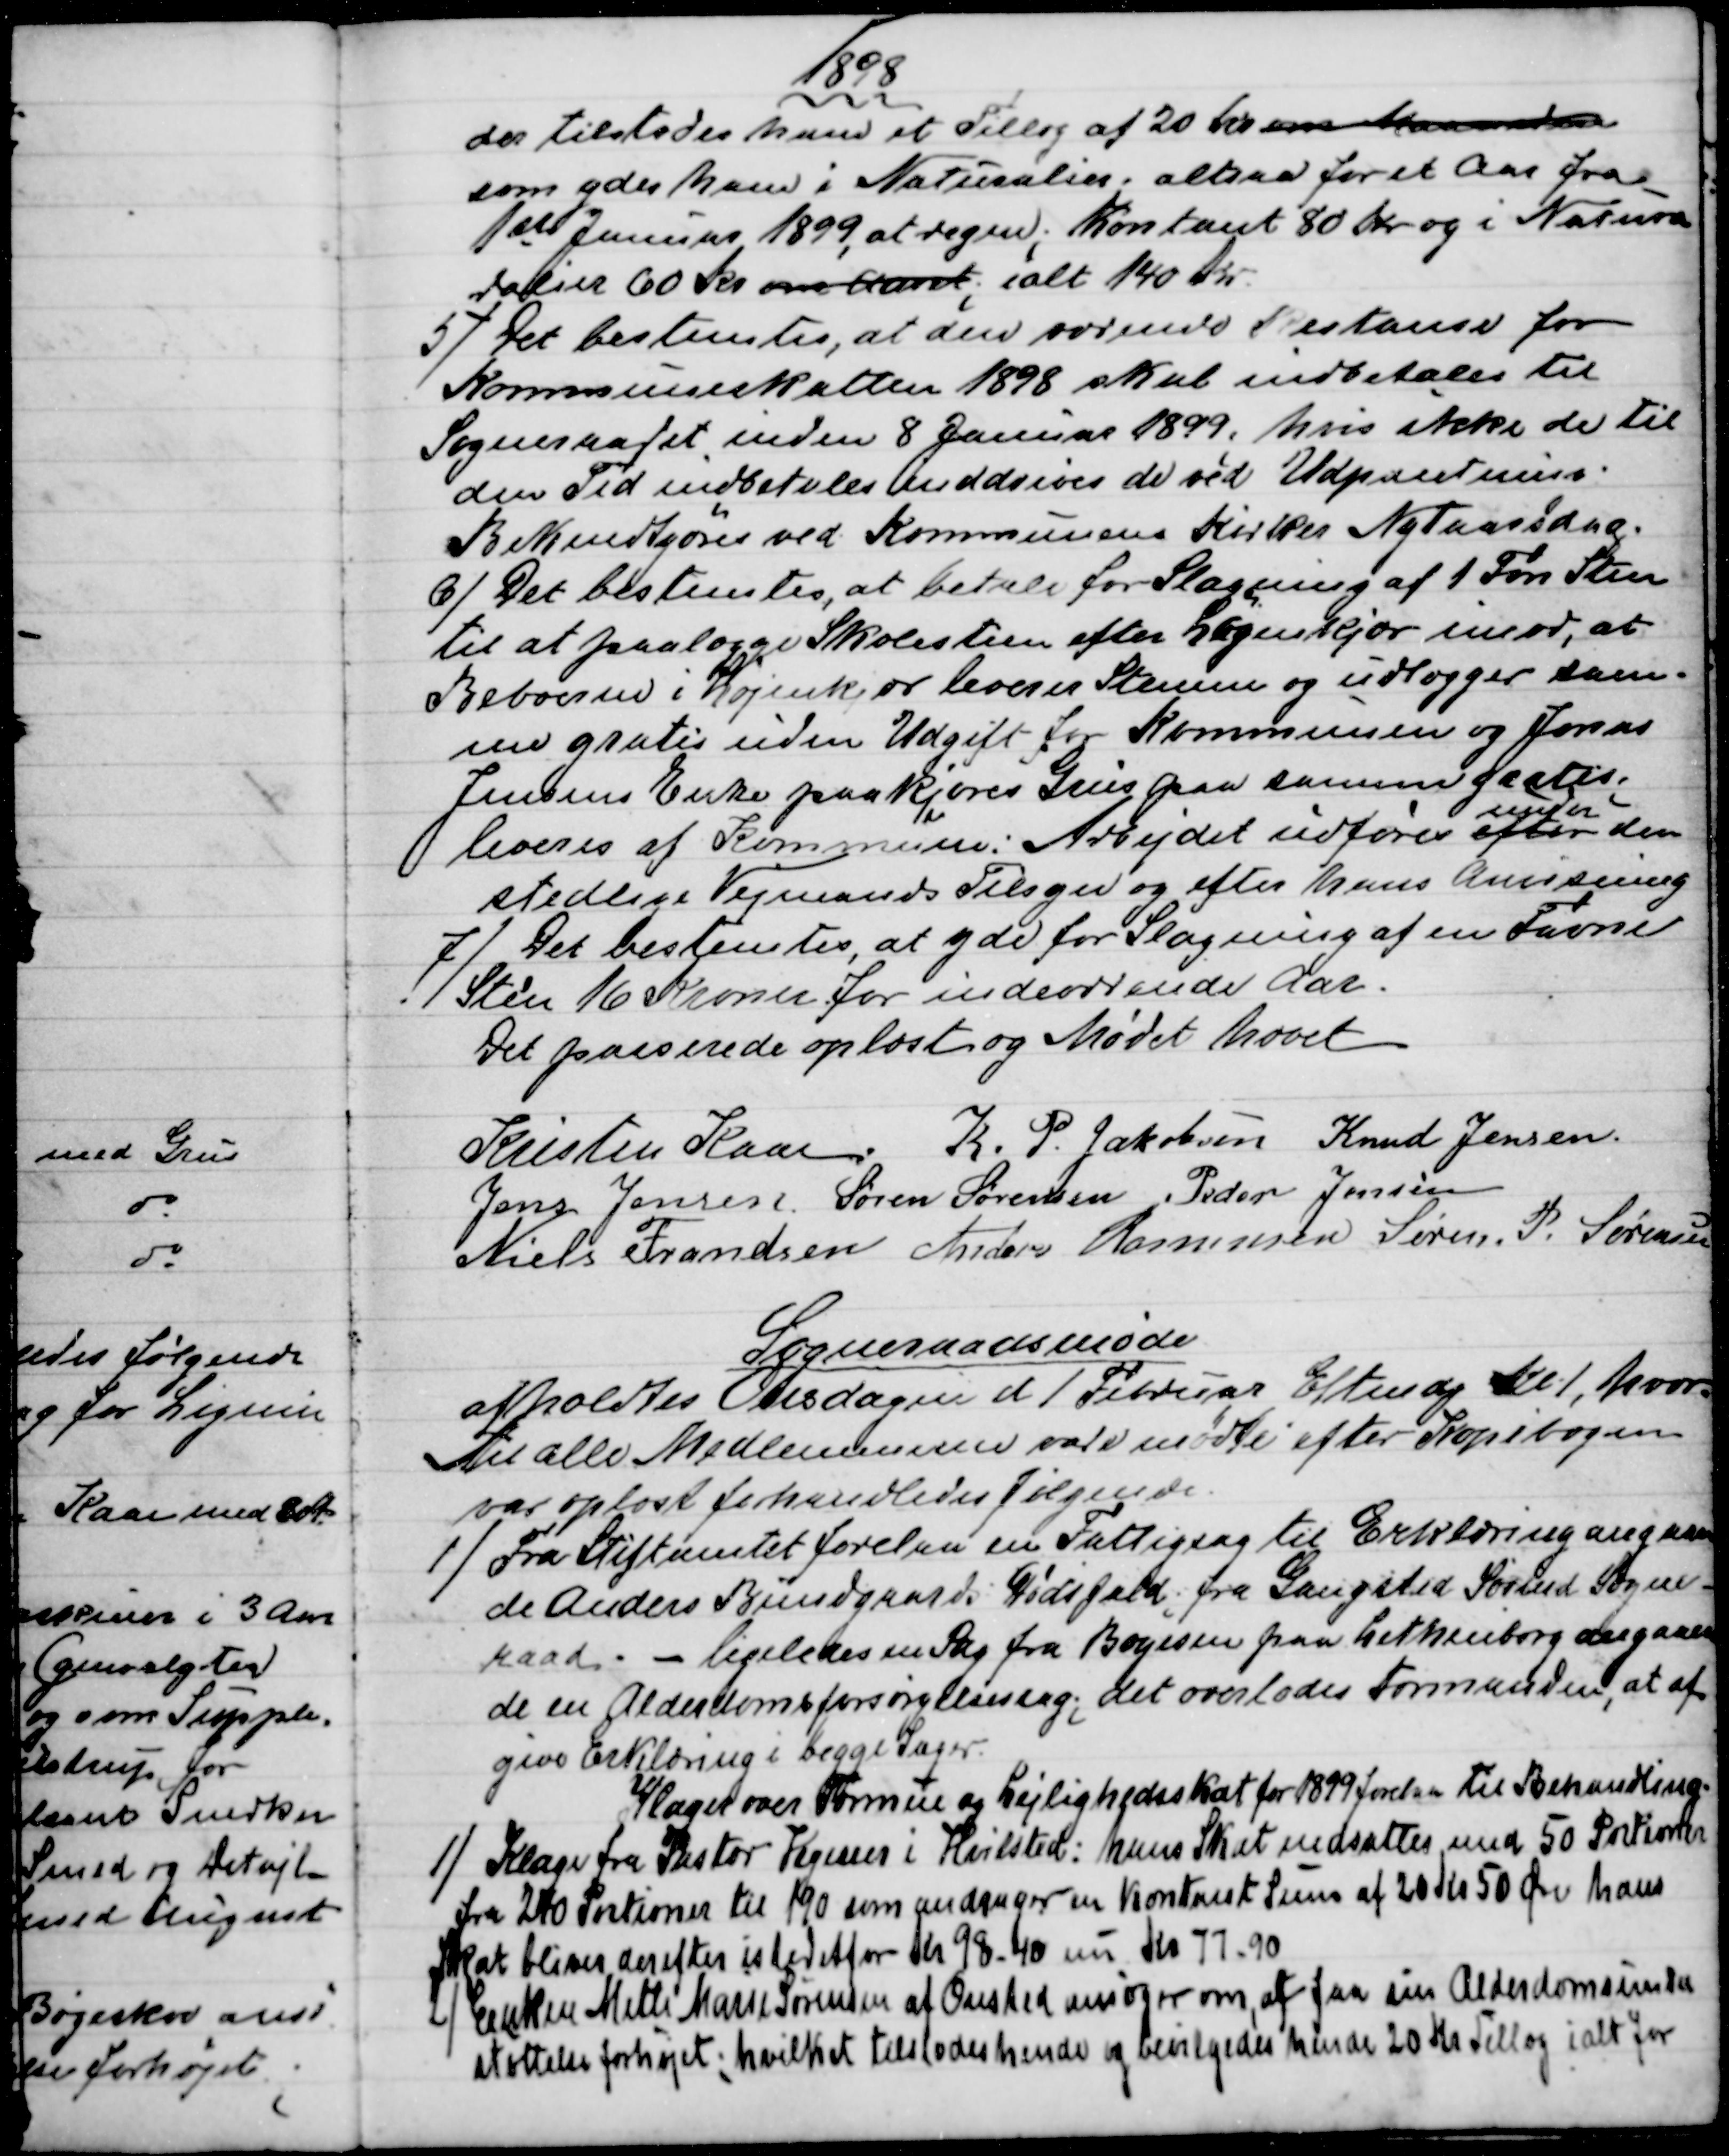
Transskription:
1898
der tilstodes ham et Tillæg af 20 kr om Maaneden
som ydes ham i Naturalier, altsaa for et Aar fra
1st Januar 1899, at regne; Kontant 80 Kr. og i Natura
ralier 60 Kr. om Aaret; ialt 140 Kr.
5)
Det bestemtes, at den værende Restanse for
Kommuneskatten 1898 skal indbetales til
Sogneraadet inden 8 Januar 1899, hvis ikke de til
den Tid indbetales inddrives de ved Udpantning.
Bekendtgøres ved Kommunens Kirker Nytaarsdag.
6) 
Det bestemtes, at betale for Slagning af 1 Fvn Sten
til at paalægge Skolestien efter Løjenkjær imod, at
Beboerne i Løjenkjær leverer Stenene og udlægger sam-
me gratis uden Udgift for Kommunen og Jonas
Jensens Enke paakjøres Grus paa samme gratis;
leveres af Kommu
n
en: Arbejdet udføres efter 
under
den
stedlige Vejmands Tilsyn og efter hans Anvisning
7)
Det bestemtes, at yde for Slagning af en Favne
Sten 16 Kroner for indeværende Aar.
Det passerede oplæst og Mødet hævet
Kristen Kaae  K. P. Jakobsen  Knud Jensen.
Jens Jensen  Søren Sørensen  Peder Jensen
Niels Frandsen  Anders Rasmussen  Søren. P. Sørensen
Sogneraadsmøde
afholdtes Onsdagen d 1 Februar Eftmdg Kl. 1, hvor-
til alle Medlemmerne vare mødte, efter Kopibogen
var oplæst forhandledes følgende.
1) 
Fra Stiftamtet forelaa en Fattigsag til Erklæring angaaen
de Anders Bundgaards Dødsfald; fra Gangsted Søvind Sogne-
raad. - ligeledes en Sag fra Boyesen paa Lethenborg angaaen
de en Alderdomsforsørgelsessag; det overlodes Formanden, at af-
give Erklæring i begge Sager.
Klager over Formue og Lejlighedsskat for 1899 forelaa til Behandling.
1)
Klage fra Pastor Vegener i Hvilsted: hans Skat nedsattes med 50 Portioner
fra 240 Portioner til 190 som andrager en Kontant Sum af 20 Kr 50 Øre hans
Skat bliver derefter istedetfor Kr 98-40 nu Kr 77-90
2)
Enken Mette Marie Sørensen af Onsted ansøger om, at faa sin Alderdomsunder
støttelse forhøjet; hvilket tilstodes hende og bevilgedes hende 20 Kr Tillæg ialt for